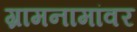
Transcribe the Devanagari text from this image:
ग्रामनामांवर